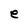
Character: e